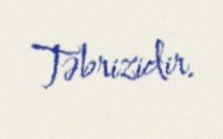
Təbrizidir.